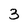
Character: 3